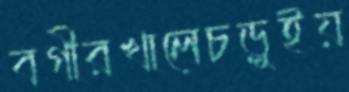
বগীরখালেচড়ুইয়